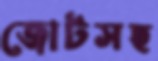
জোটসহ